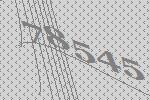
78545